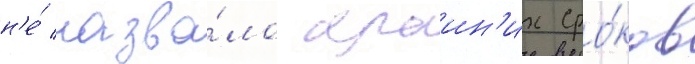
н'е́ назва́ло краин'их сро́ков